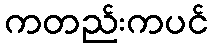
ကတည်းကပင်